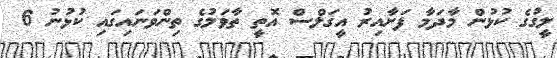
ލީގުގެ ކުޅުން މާދަމާ ފަށާއިރު އީގަލްސް އޮތީ ތާވަލުގެ ތިންވަނައިގައި ކުޅުނު 6